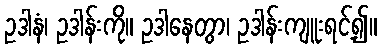
ဥဒါနံ၊ ဥဒါန်းကို။ ဥဒါနေတွာ၊ ဥဒါန်းကျူးရင့်၍။